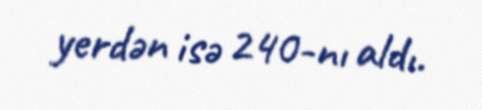
yerdən isə 240-nı aldı.